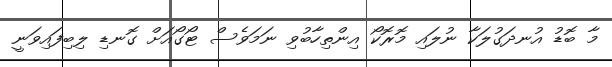
މާ ބޮޑު އުނދަގުލަކާ ނުލައި މޮރޮކޯ އިންތިހާބުވި ނަމަވެސް ޓޯގޯއަށް ގޮނޑި ލިބިފައިވަނީ